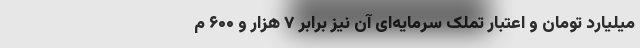
میلیارد تومان و اعتبار تملک سرمایه‌ای آن نیز برابر ۷ هزار و ۶۰۰ م